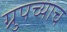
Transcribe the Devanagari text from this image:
ग्रुपच्याच